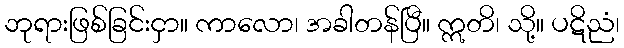
ဘုရားဖြစ်ခြင်းငှာ။ ကာလော၊ အခါတန်ပြီ။ ဣတိ၊ သို့။ ပဋိညံ၊